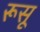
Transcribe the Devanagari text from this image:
रूसू